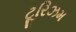
ટૂરિઝમ